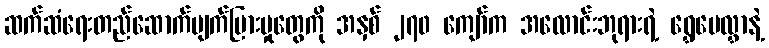
ဆက်ဆံရေးတည်ဆောက်ပျက်ပြားမှုတွေကို အနှစ် ၂၇၀ ကျော်က အလောင်းဘုရားရဲ့ ရွှေပေလွှာနဲ့